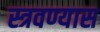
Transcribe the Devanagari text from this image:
स्त्रवण्यास